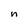
Character: n